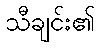
သီချင်း၏